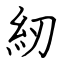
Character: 紉